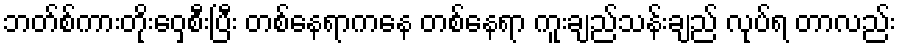
ဘတ်စ်ကားတိုးဝှေ့စီးပြီး တစ်နေရာကနေ တစ်နေရာ ကူးချည်သန်းချည် လုပ်ရ တာလည်း